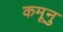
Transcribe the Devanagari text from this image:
कमूनु